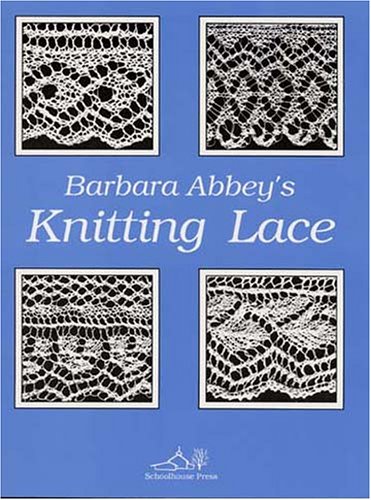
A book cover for Barbara Abbey's Knitting Lace; Barbara Abbey; Crafts, Hobbies & Home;